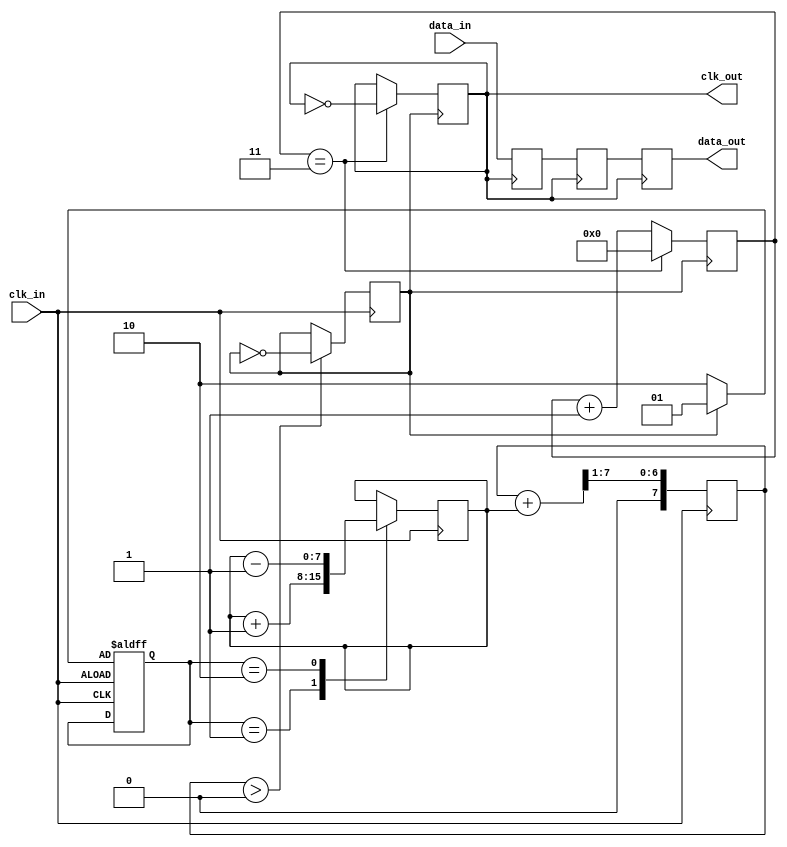
module PLL_Synchronizer (
    input wire clk_in,          // Incoming clock signal
    input wire data_in,         // Incoming data signal
    output reg clk_out,         // Synchronized output clock signal
    output reg data_out         // Synchronized output data signal
);

    // Parameters
    parameter N = 4;            // Clock divider factor
    parameter FILTER_WIDTH = 8; // Width of the loop filter

    // Internal signals
    reg [FILTER_WIDTH-1:0] error_signal; // Error signal from phase detector
    reg [FILTER_WIDTH-1:0] loop_filter;  // Loop filter output
    reg vco_clk;                       // VCO output clock
    reg [N-1:0] clk_div;               // Clock divider counter
    reg [1:0] phase_detector;          // Phase detector output

    // Phase Detector (PD)
    always @(posedge clk_in or negedge clk_in) begin
        if (clk_in) begin
            // Simple phase detection logic (rising edge detection)
            phase_detector <= (vco_clk) ? 2'b01 : 2'b10; // Example phase detection
        end
    end

    // Loop Filter (LF)
    always @(posedge clk_in) begin
        case (phase_detector)
            2'b01: error_signal <= error_signal + 1; // VCO needs to speed up
            2'b10: error_signal <= error_signal - 1; // VCO needs to slow down
            default: error_signal <= error_signal;     // No change
        endcase

        // Simple low-pass filter (for demonstration)
        loop_filter <= (loop_filter + error_signal) >> 1; // Smoothing
    end

    // Voltage-Controlled Oscillator (VCO)
    always @(posedge clk_in) begin
        if (loop_filter > 0) begin
            vco_clk <= ~vco_clk; // Toggle VCO clock
        end
    end

    // Clock Divider
    always @(posedge vco_clk) begin
        clk_div <= clk_div + 1;
        if (clk_div == (N-1)) begin
            clk_out <= ~clk_out; // Generate output clock
            clk_div <= 0;        // Reset counter
        end
    end

    // Data Synchronization Circuit
    reg data_sync_1, data_sync_2;

    always @(posedge clk_out) begin
        // Dual-flop synchronizer to mitigate metastability
        data_sync_1 <= data_in; // First stage
        data_sync_2 <= data_sync_1; // Second stage
        data_out <= data_sync_2; // Synchronized output data
    end

endmodule